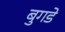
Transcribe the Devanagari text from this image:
बुगडे